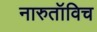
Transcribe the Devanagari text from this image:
नारुतॉविच